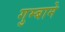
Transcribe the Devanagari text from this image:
गुम्बामे